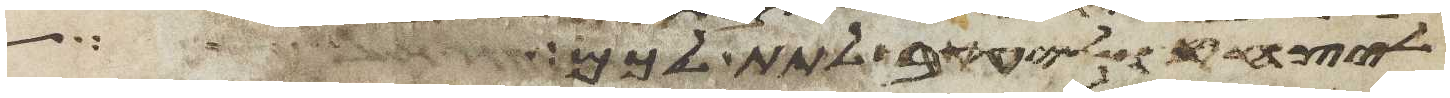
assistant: ליצחק וליעקב לתת לכם